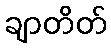
ချာတိတ်